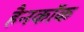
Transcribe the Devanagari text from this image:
हैनकाॅक